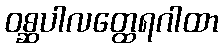
ဝစ္ဆပါလတ္ထေရဂါထာ